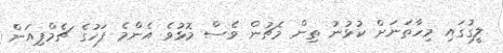
ލީގުގައި މިހާތަނަށް ކުޅުނު ތިން މެޗުން ވެސް މޮޅުވެ އެންމެ ފަހުގެ ޗެމްޕިއަން